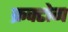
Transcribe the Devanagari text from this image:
फ्रक्टोग